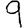
Digit: 9